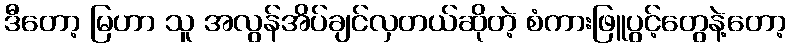
ဒီတော့ မြဟာ သူ အလွန်အိပ်ချင်လှတယ်ဆိုတဲ့ စံကားဖြူပွင့်တွေနဲ့တော့